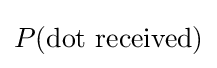
P({\text{dot received}})